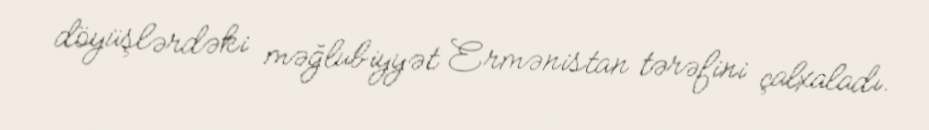
döyüşlərdəki məğlubiyyət Ermənistan tərəfini çalxaladı.